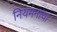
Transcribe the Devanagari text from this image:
नियमनाचा